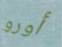
أورو